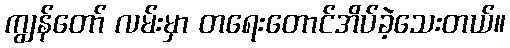
ကျွန်တော် လမ်းမှာ တရေးတောင်အိပ်ခဲ့သေးတယ်။